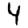
Digit: 4